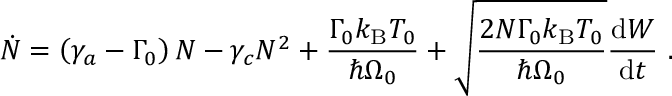
\dot { N } = \left( \gamma _ { a } - \Gamma _ { 0 } \right) N - \gamma _ { c } N ^ { 2 } + \frac { \Gamma _ { 0 } k _ { \mathrm { B } } T _ { 0 } } { \hbar \Omega _ { 0 } } + \sqrt { \frac { 2 N \Gamma _ { 0 } k _ { \mathrm { B } } T _ { 0 } } { \hbar \Omega _ { 0 } } } \frac { \mathrm { d } { W } } { \mathrm { d } t } \mathrm { ~ . ~ }